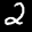
Label: 2